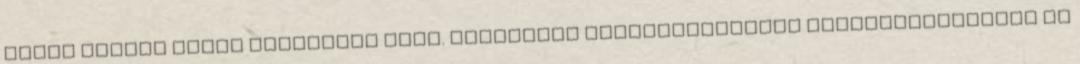
néven szotyi fimon rágcsálni való. Iridaceae kereskedelemben ibolyagyökérként is